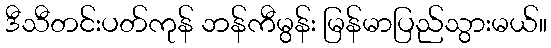
ဒီသီတင်းပတ်ကုန် ဘန်ကီမွန်း မြန်မာပြည်သွားမယ်။